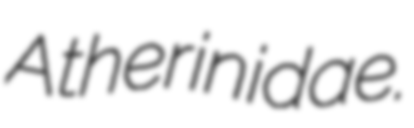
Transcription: Atherinidae.